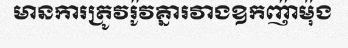
មានការត្រូវរ៉ូវគ្នារវាងឧកញ៉ាម៉ុង